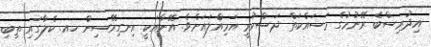
އިދުރިސްބެ ރޭނުމުގެ މަސައްކަތް ދަސްކުރީ އަމިއްލައަށެވެ. އޭނާއަކީ އިނގިރޭސިން ހއ. ކެލާގައި ތިބި